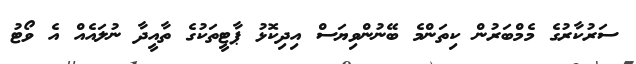
ސަރުކާރުގެ މެމްބަރުން ކިތަންމެ ބޭނުންވިޔަސް އިދިކޮޅު ޕާޓީތަކުގެ ތާއީދާ ނުލައެއް އެ ވޯޓު